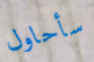
سأحاول